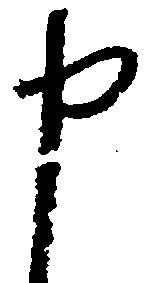
申